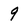
Character: 9